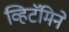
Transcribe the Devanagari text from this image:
व्हिटॅमिने